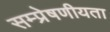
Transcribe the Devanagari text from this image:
सम्प्रेषणीयता